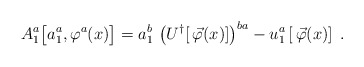
\begin{align*}A_1^a \big[ a_1^a, \varphi^a(x) \big] = a_1^b \, \left( U^\dagger [\, \vec \varphi(x)] \right)^{ba} - u_1^a \left[\, \vec \varphi(x) \right] \; . \end{align*}